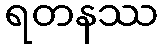
ရတနဿ